Leaving Certificate Examination (including Day School Certificate (Higher) General paper), 1939
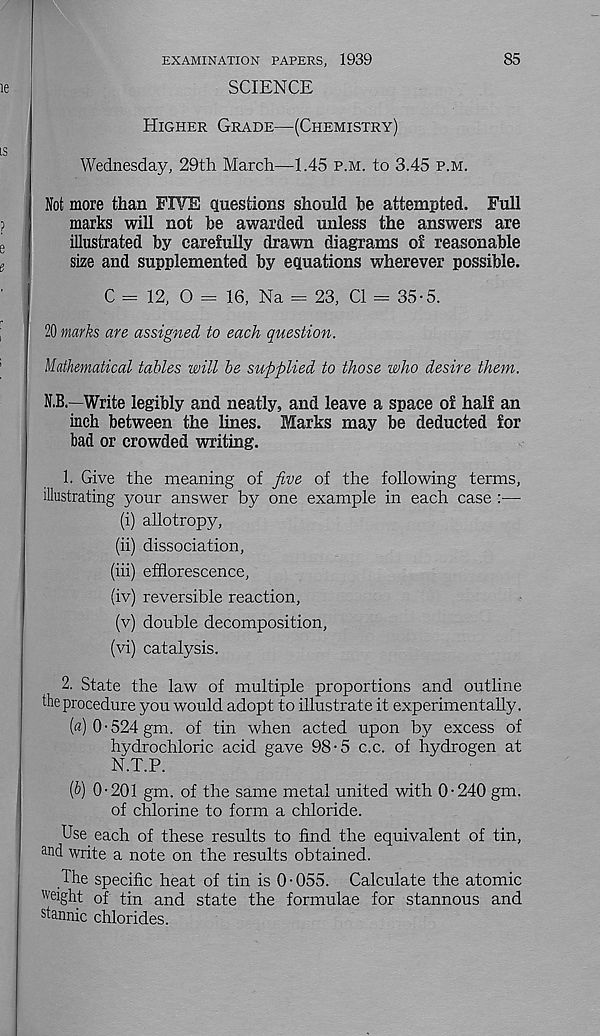
EXAMINATION PAPERS, 1939
SCIENCE
85
Higher Grade—(Chemistry)
Wednesday, 29th March—1.45 p.m. to 3.45 p.m.
Not more than FIVE questions should be attempted. Full
marks will not be awarded unless the answers are
illustrated by carefully drawn diagrams of reasonable
size and supplemented by equations wherever possible.
C = 12, O = 16, Na = 23, Cl = 35-5.
20 marks are assigned to each question.
Mathematical tables will be supplied to those who desire them.
N.B—Write legibly and neatly, and leave a space of half an
inch between the lines. Marks may be deducted for
bad or crowded writing.
1. Give the meaning of five of the following terms,
illustrating your answer by one example in each case :—
(i) allotropy,
(ii) dissociation,
(iii) efflorescence,
(iv) reversible reaction,
(v) double decomposition,
(vi) catalysis.
2. State the law of multiple proportions and outline
the procedure you would adopt to illustrate it experimentally.
[a) 0 • 524 gm. of tin when acted upon by excess of
hydrochloric acid gave 98-5 c.c. of hydrogen at
N.T.P.
fi) 0-201 gm. of the same metal united with 0-240 gm.
of chlorine to form a chloride.
Use each of these results to find the equivalent of tin,
and write a note on the results obtained.
The specific heat of tin is 0-055. Calculate the atomic
w dght of tin and state the formulae for stannous and
stannic chlorides.